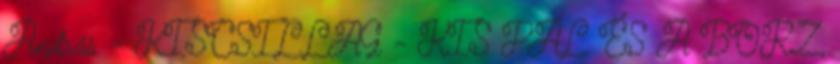
András - KISCSILLAG - KIS PÁL ÉS A BORZ,